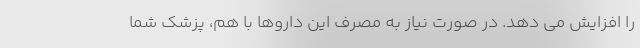
را افزایش می دهد. در صورت نیاز به مصرف این داروها با هم، پزشک شما